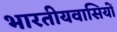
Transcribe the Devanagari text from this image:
भारतीयवासियों